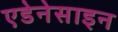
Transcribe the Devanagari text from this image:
एडेनेसाइन